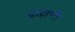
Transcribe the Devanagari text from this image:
व्राह्मणी